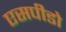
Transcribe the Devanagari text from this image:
एसपीडो